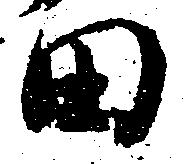
田